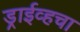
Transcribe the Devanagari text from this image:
ड्राईव्हचा